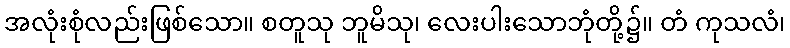
အလုံးစုံလည်းဖြစ်သော။ စတူသု ဘူမိသု၊ လေးပါးသောဘုံတို့၌။ တံ ကုသလံ၊